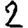
Digit: 2